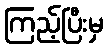
ကြည့်ပြီးမှ